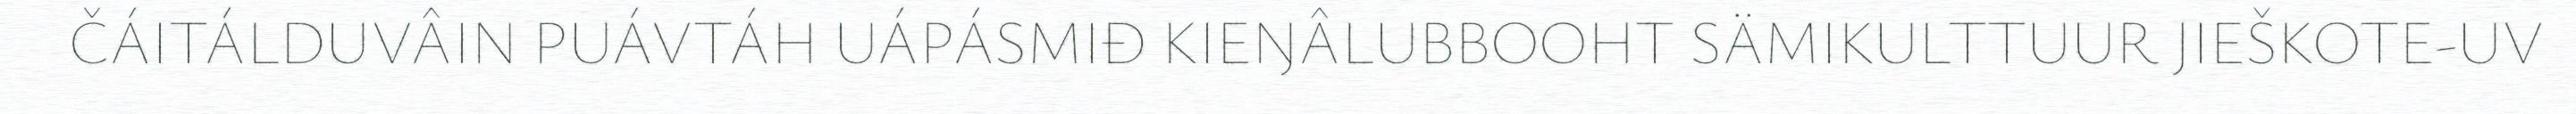
ČÁITÁLDUVÂIN PUÁVTÁH UÁPÁSMIĐ KIEŊÂLUBBOOHT SÄMIKULTTUUR JIEŠKOTE-UV